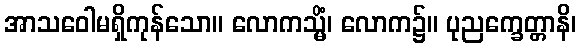
အာသဝေါမရှိကုန်သော။ လောကသ္မိံ၊ လောက၌။ ပုညက္ခေတ္တာနိ၊